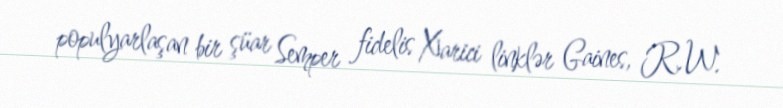
populyarlaşan bir şüar Semper fidelis Xarici linklər Gaines, R.W.